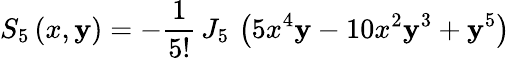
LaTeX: S_{5}\left(x,\mathbf{y}\right)=-\frac{{1}}{{5!}}\, J_{5}\, \left(5x^{4}\mathbf{y}-10x^{2}\mathbf{y}^{3}+\mathbf{y}^{5}\right)